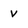
Character: v